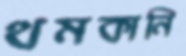
থমকানি